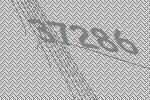
37286